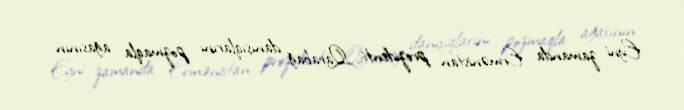
Eyni zamanda Ermənistan prezidenti Qarabağ danışıqlarını pozmaqla ağasının -